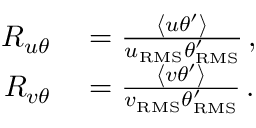
\begin{array} { r l } { R _ { u \theta } } & { { } = \frac { \left< u \theta ^ { \prime } \right> } { u _ { \mathrm { { R M S } } } \theta _ { \mathrm { { R M S } } } ^ { \prime } } \, , } \\ { R _ { v \theta } } & { { } = \frac { \left< v \theta ^ { \prime } \right> } { v _ { \mathrm { { R M S } } } \theta _ { \mathrm { { R M S } } } ^ { \prime } } \, . } \end{array}